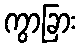
ကွာခြား